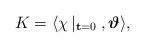
LaTeX: \begin{align*}K=\langle\chi\left|_{{\bf t}=0}\right.,\mbox{\boldmath$\vartheta$}\rangle,\end{align*}